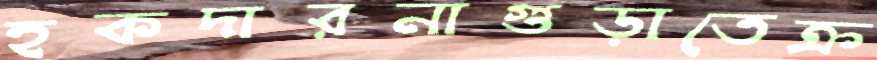
হকদারনাগুড়াতেক্র